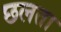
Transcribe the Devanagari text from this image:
छलता